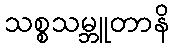
သစ္စသမ္ဘူတာနိ